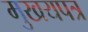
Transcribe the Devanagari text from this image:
मुखयपत्र